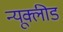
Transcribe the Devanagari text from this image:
न्यूक्लीड